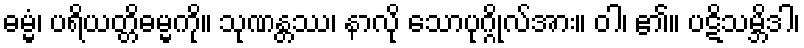
ဓမ္မံ၊ ပရိယတ္တိဓမ္မကို။ သုဏန္တဿ၊ နာလို သောပုဂ္ဂိုလ်အား။ ဝါ၊ ၏။ ပဋိသမ္ဘိဒါ၊